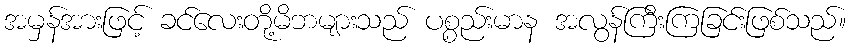
အမှန်အားဖြင့် ခင်လေးတို့မိဘများသည် ပစ္စည်းမာန အလွန်ကြီးကြခြင်းဖြစ်သည်။